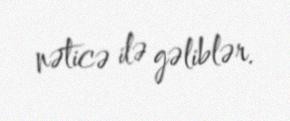
nəticə ilə gəliblər.